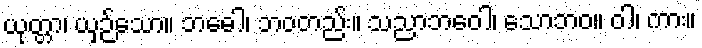
ယုတ္တာ၊ ယှဉ်သော။ ဘဓေါ၊ ဘဝတည်း။ သညာဘဝေါ၊ သောဘဝ။ ဝါ၊ ကား။